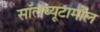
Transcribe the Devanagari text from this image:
सॉलब्यूटामॉल